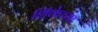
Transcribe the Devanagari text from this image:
शिंकेच्या